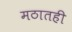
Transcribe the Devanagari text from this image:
मठातही